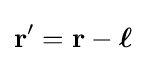
\mathbf {r'} =\mathbf {r} -{\boldsymbol {\ell }}